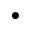
\bullet